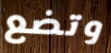
وتضع